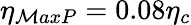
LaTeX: \eta_{\mathcal{M}axP}=0.08\eta_{c}